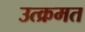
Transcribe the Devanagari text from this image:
उत्क्रमत